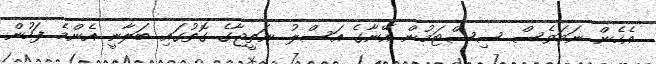
އެހެން ނަމަވެސް ސިސްޓަމުން އޭނާގެ އަސްލު ނަތީޖާގެ ގޮތުގައި ބަލާނީ އެންމެ ފަހުން